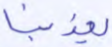
يعذبنا